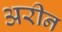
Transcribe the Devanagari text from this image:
अरीन